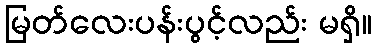
မြတ်လေးပန်းပွင့်လည်း မရှိ။